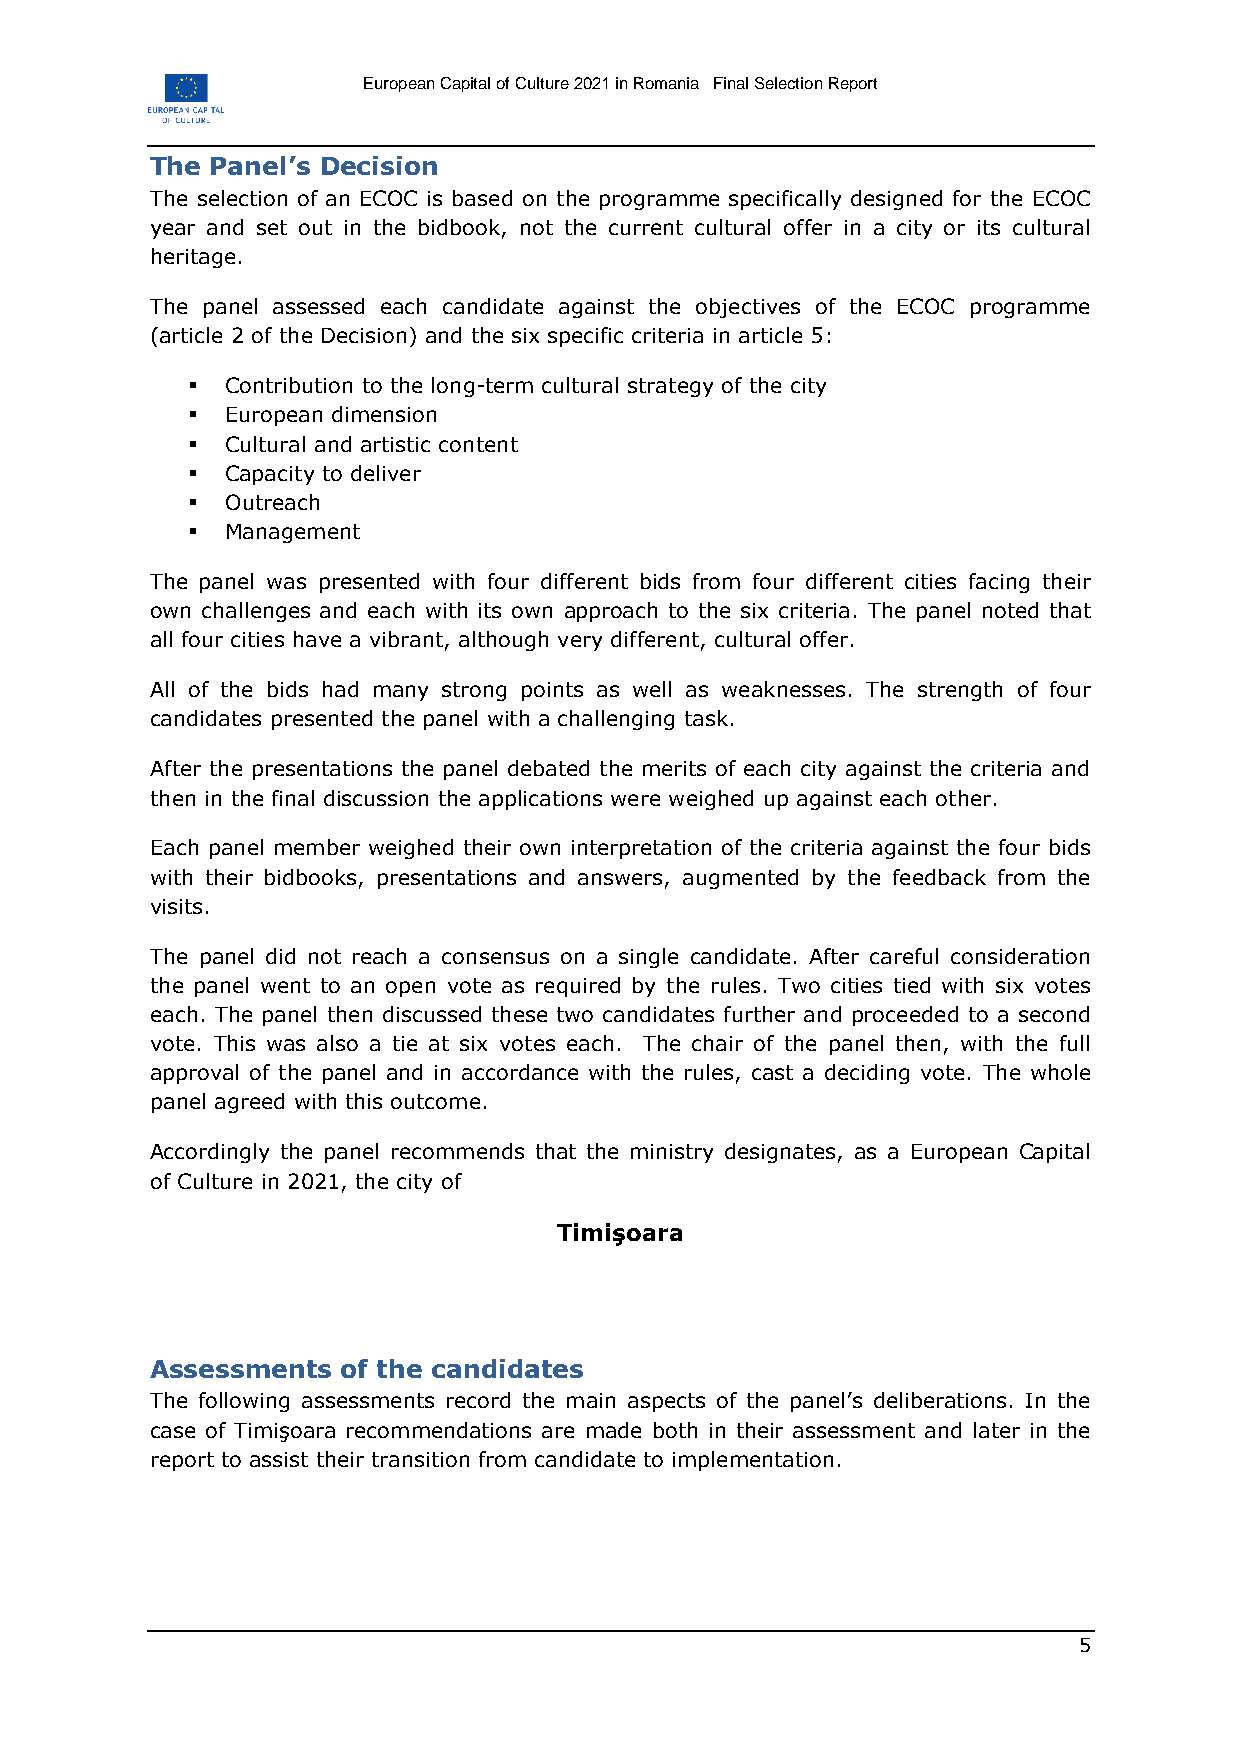
European Capital of Culture 2021 in Romania Final Selection Report
 The Panel’s Decision
 The selection of an ECOC is based on the programme specifically designed for the ECOC
 year and set out in the bidbook, not the current cultural offer in a city or its cultural
 heritage.
 The panel assessed each candidate against the objectives of the ECOC programme
 (article 2 of the Decision) and the six specific criteria in article 5:
   Contribution to the long-term cultural strategy of the city
   European dimension
   Cultural and artistic content
   Capacity to deliver
   Outreach
   Management
 The panel was presented with four different bids from four different cities facing their
 own challenges and each with its own approach to the six criteria. The panel noted that
 all four cities have a vibrant, although very different, cultural offer.
 All of the bids had many strong points as well as weaknesses. The strength of four
 candidates presented the panel with a challenging task.
 After the presentations the panel debated the merits of each city against the criteria and
 then in the final discussion the applications were weighed up against each other.
 Each panel member weighed their own interpretation of the criteria against the four bids
 with their bidbooks, presentations and answers, augmented by the feedback from the
 visits.
 The panel did not reach a consensus on a single candidate. After careful consideration
 the panel went to an open vote as required by the rules. Two cities tied with six votes
 each. The panel then discussed these two candidates further and proceeded to a second
 vote. This was also a tie at six votes each. The chair of the panel then, with the full
 approval of the panel and in accordance with the rules, cast a deciding vote. The whole
 panel agreed with this outcome.
 Accordingly the panel recommends that the ministry designates, as a European Capital
 of Culture in 2021, the city of
 Timişoara
 Assessments  of the candidates
 The following assessments record the main aspects of the panel’s deliberations. In the
 case of Timişoara recommendations are made both in their assessment and later in the
 report to assist their transition from candidate to implementation.
 5